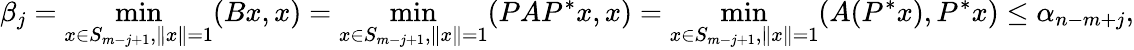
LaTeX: \beta_{j}=\operatorname*{min}_{x\in S_{m-j+1},\| x\| =1}(Bx,x)=\operatorname*{min}_{x\in S_{m-j+1},\| x\| =1}(PAP^{*}x,x)=\operatorname*{min}_{x\in S_{m-j+1},\| x\| =1}(A(P^{*}x),P^{*}x)\leq\alpha_{n-m+j},